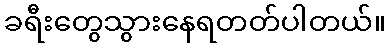
ခရီးတွေသွားနေရတတ်ပါတယ်။